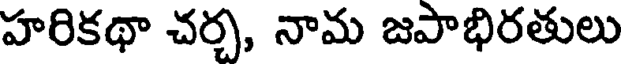
హరికథా చర్చ, నామ జపాభిరతులు